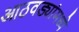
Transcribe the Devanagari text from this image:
आठवड्यांमध्ये